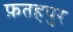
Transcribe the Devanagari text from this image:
फ़तहपुर